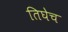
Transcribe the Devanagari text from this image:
तिघेच